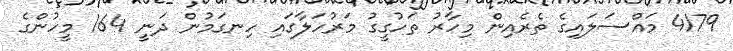
4179 މައްސަލައިގެ ތެރެއިން މިހާރު ތަހުގީގު މަރުހަލާގައި ހިނގަމުން ދަނީ 164 މީހުންގެ